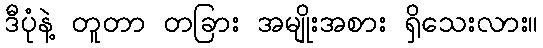
ဒီပုံနဲ့ တူတာ တခြား အမျိုးအစား ရှိသေးလား။